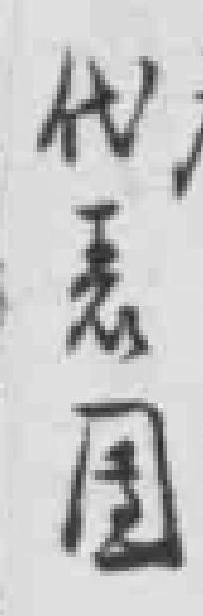
代表團